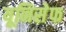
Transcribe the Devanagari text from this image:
यूनिसेेफ